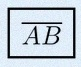
\overline{AB}